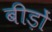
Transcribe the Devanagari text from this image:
बीड़ों